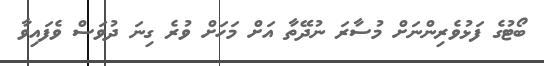
ބޯޓުގެ ފަޅުވެރިންނަށް މުސާރަ ނުދޭތާ އަށް މަހަށް ވުރެ ގިނަ ދުވަސް ވެފައިވާ